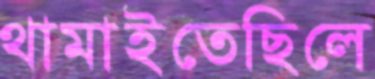
থামাইতেছিলে